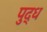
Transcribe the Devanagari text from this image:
पुद्ध